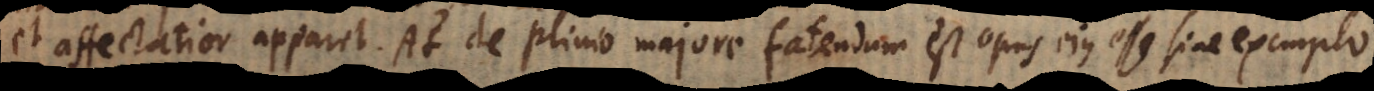
et affectatior apparet. At de Plinio majore fatendum est opus ejus esse sine exemplo